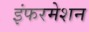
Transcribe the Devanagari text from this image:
इंफरमेशन